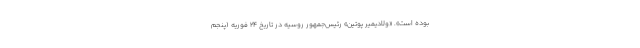
بوده است». «ولادیمیر پوتین» رئیس‌جمهور روسیه در تاریخ 24 فوریه (پنجم